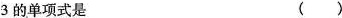
3的单项式是 ( )